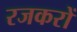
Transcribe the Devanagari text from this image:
रजकरों